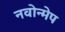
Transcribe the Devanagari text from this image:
नवोन्मेप